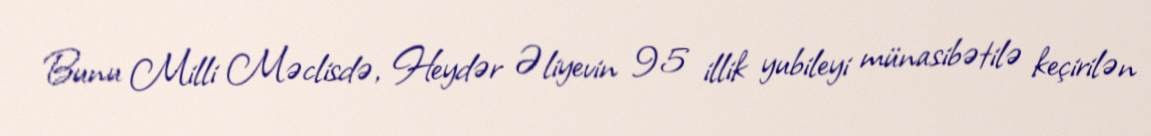
Bunu Milli Məclisdə, Heydər Əliyevin 95 illik yubileyi münasibətilə keçirilən